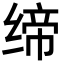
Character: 缔